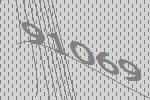
91069